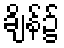
ချိန်၌